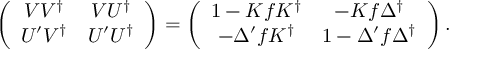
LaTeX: \left( \begin{array} { c c } { { V V ^ { \dag } } } & { { V U ^ { \dag } } } \\ { { U ^ { \prime } V ^ { \dag } } } & { { U ^ { \prime } U ^ { \dag } } } \end{array} \right) = \left( \begin{array} { c c } { { 1 - K f K ^ { \dag } } } & { { - K f \Delta ^ { \dag } } } \\ { { - \Delta ^ { \prime } f K ^ { \dag } } } & { { 1 - \Delta ^ { \prime } f \Delta ^ { \dag } } } \end{array} \right) .